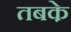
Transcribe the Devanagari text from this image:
तबके़